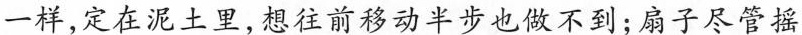
一样，定在泥土里，想往前移动半步也做不到；扇子尽管摇